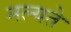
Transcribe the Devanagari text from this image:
नल्यते